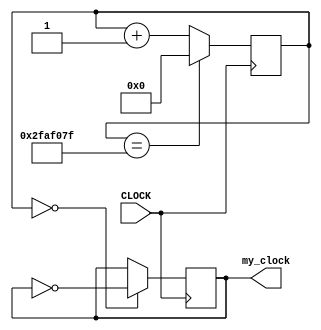
`timescale 1ns / 1ps
//////////////////////////////////////////////////////////////////////////////////
// Company: 
// Engineer: 
// 
// Design Name: 
// Module Name: mus_clocks
// Project Name: 
// Target Devices: 
// Tool Versions: 
// Description: 
// 
// Dependencies: 
// 
// Revision:
// Revision 0.01 - File Created
// Additional Comments:
// 
//////////////////////////////////////////////////////////////////////////////////


`timescale 1ns / 1ps
//////////////////////////////////////////////////////////////////////////////////
// Company: 
// Engineer: 
// 
// Design Name: 
// Module Name: clocks
// Project Name: 
// Target Devices: 
// Tool Versions: 
// Description: 
// 
// Dependencies: 
// 
// Revision:
// Revision 0.01 - File Created
// Additional Comments:
// 
//////////////////////////////////////////////////////////////////////////////////
module my_1hz_clock(
    input CLOCK,
    output reg my_clock = 0
    );
    
    reg [31:0] COUNT = 0;
    
    always @ (posedge CLOCK)
    begin
        COUNT <= (COUNT == 49999999) ? 0 : COUNT + 1;
        my_clock <= (COUNT == 0) ? ~my_clock : my_clock;
    end
endmodule

module var_clock(
    input clock,
    input [31:0] MAXCOUNT,
    output reg my_clock = 0
    );
    
    reg [31:0] count = 1;
    
    always @ (posedge clock) begin
        count = (count == MAXCOUNT) ? 1 : count + 1;
        my_clock = (count == 1) ? ~my_clock : my_clock;
    end
endmodule